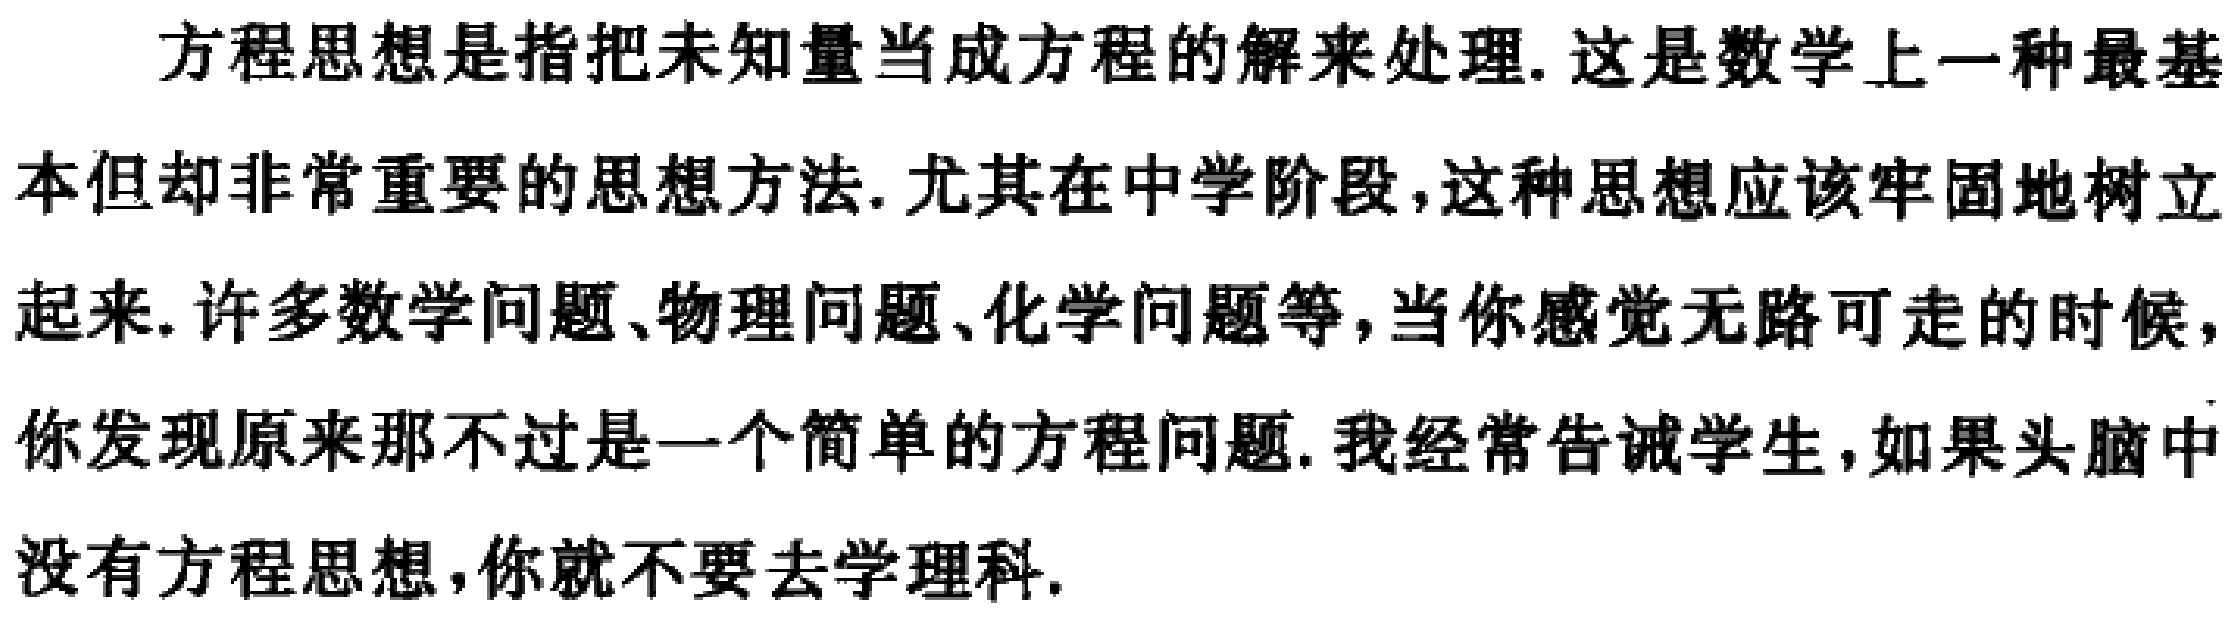
方程思想是指把未知量当成方程的解来处理. 这是数学上一种最基本但却非常重要的思想方法. 尤其在中学阶段,这种思想应该牢固地树立起来. 许多数学问题、物理问题、化学问题等,当你感觉无路可走的时候,你发现原来那不过是一个简单的方程问题. 我经常告诫学生,如果头脑中没有方程思想,你就不要去学理科.